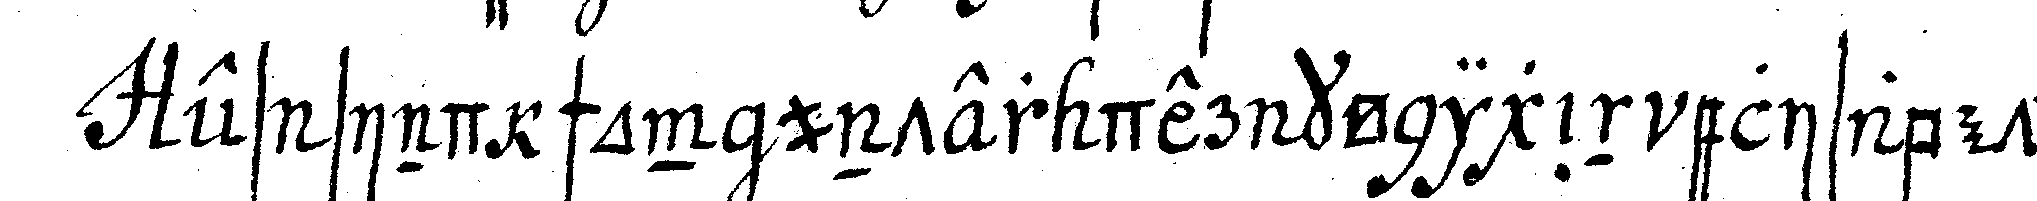
es sind schon unter der königin elisabeth